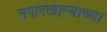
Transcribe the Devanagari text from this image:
नगारखान्याच्या